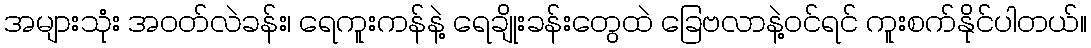
အများသုံး အဝတ်လဲခန်း၊ ရေကူးကန်နဲ့ ရေချိုးခန်းတွေထဲ ခြေဗလာနဲ့ဝင်ရင် ကူးစက်နိုင်ပါတယ်။